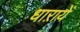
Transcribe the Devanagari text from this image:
धाऱायें